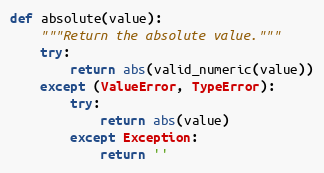
Language: Python
def absolute(value):
    """Return the absolute value."""
    try:
        return abs(valid_numeric(value))
    except (ValueError, TypeError):
        try:
            return abs(value)
        except Exception:
            return ''